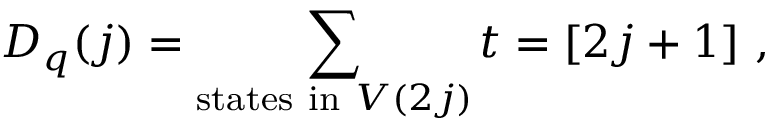
D _ { q } ( j ) = \sum _ { \mathrm { s t a t e s ~ i n ~ } V ( 2 j ) } t = [ 2 j + 1 ] ~ ,